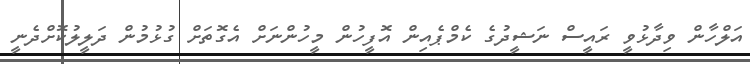
އަލްހާން ވިދާޅުވީ ރައީސް ނަޝީދުގެ ކެމްޕެއިން އޮފީހުން މީހުންނަށް އެގޮތަށް ގުޅުމުން ދަލީލުކޮށްދެނީ